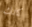
كانك